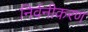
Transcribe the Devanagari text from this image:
निर्वनीकरण